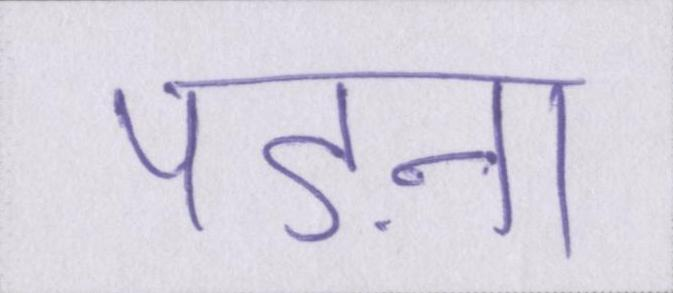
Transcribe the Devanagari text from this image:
पड़ना